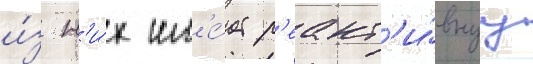
и́з н'и́х им'е́ет р'еакт'и́внуу